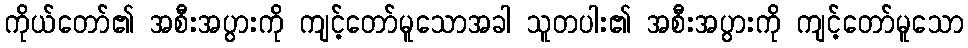
ကိုယ်တော်၏ အစီးအပွားကို ကျင့်တော်မူသောအခါ သူတပါး၏ အစီးအပွားကို ကျင့်တော်မူသော